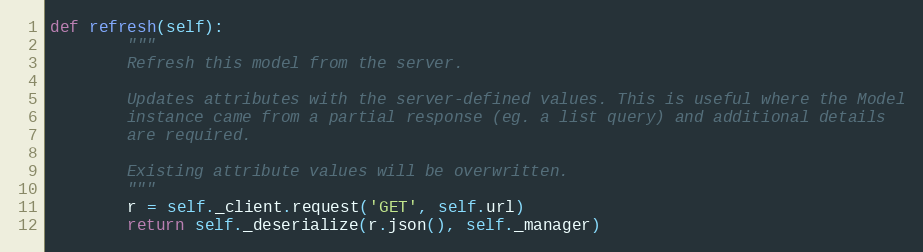
Language: Python
def refresh(self):
        """
        Refresh this model from the server.

        Updates attributes with the server-defined values. This is useful where the Model
        instance came from a partial response (eg. a list query) and additional details
        are required.

        Existing attribute values will be overwritten.
        """
        r = self._client.request('GET', self.url)
        return self._deserialize(r.json(), self._manager)